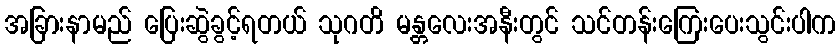
အခြားနာမည် ပြေးဆွဲခွင့်ရတယ် သုဂတိ မန္တလေးအနီးတွင် သင်တန်းကြေးပေးသွင်းပါက